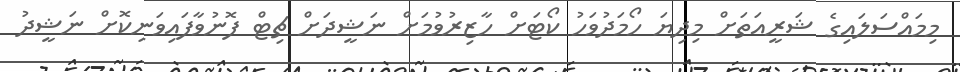
މިމައްސަލައިގެ ޝަރީއަތަށް މިދިޔަ ހޯމަދުވަހު ކޯޓަށް ހާޒިރުވުމަށް ނަޝީދަށް ޗިޓް ފޮނުވާފައިވަނިކޮށް ނަޝީދު